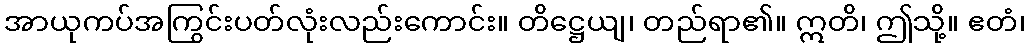
အာယုကပ်အကြွင်းပတ်လုံးလည်းကောင်း။ တိဋ္ဌေယျ၊ တည်ရာ၏။ ဣတိ၊ ဤသို့။ ဧတံ၊